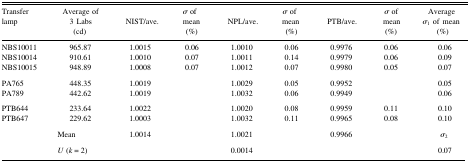
<table><thead><tr><td><b>Transfer lamp</b></td><td><b>Average of 3 Labs (cd)</b></td><td><b>NIST/ave.</b></td><td><b><i>σ</i> of mean (%)</b></td><td><b>NPL/ave.</b></td><td><b><i>σ</i> of mean (%)</b></td><td><b>PTB/ave.</b></td><td><b><i>σ</i> of mean (%)</b></td><td><b>Average <i>σ</i><sub>1</sub> of mean (%)</b></td></tr></thead><tbody><tr><td>NBS10011</td><td>965.87</td><td>1.0015</td><td>0.06</td><td>1.0010</td><td>0.06</td><td>0.9976</td><td>0.06</td><td>0.06</td></tr><tr><td>NBS10014</td><td>910.61</td><td>1.0010</td><td>0.07</td><td>1.0011</td><td>0.14</td><td>0.9979</td><td>0.06</td><td>0.09</td></tr><tr><td>NBS10015</td><td>948.89</td><td>1.0008</td><td>0.07</td><td>1.0012</td><td>0.07</td><td>0.9980</td><td>0.05</td><td>0.07</td></tr><tr><td>PA765</td><td>448.35</td><td>1.0019</td><td></td><td>1.0029</td><td>0.05</td><td>0.9952</td><td></td><td>0.05</td></tr><tr><td>PA789</td><td>442.62</td><td>1.0019</td><td></td><td>1.0032</td><td>0.06</td><td>0.9949</td><td></td><td>0.06</td></tr><tr><td>PTB644</td><td>233.64</td><td>1.0022</td><td></td><td>1.0020</td><td>0.08</td><td>0.9959</td><td>0.11</td><td>0.10</td></tr><tr><td>PTB647</td><td>229.62</td><td>1.0003</td><td></td><td>1.0032</td><td>0.11</td><td>0.9965</td><td>0.08</td><td>0.10</td></tr><tr><td></td><td>Mean</td><td>1.0014</td><td></td><td>1.0021</td><td></td><td>0.9966</td><td></td><td><i>σ</i><sub>2</sub></td></tr><tr><td></td><td><i>U</i> (<i>k</i> = 2)</td><td></td><td></td><td>0.0014</td><td></td><td></td><td></td><td>0.07</td></tr></tbody></table>